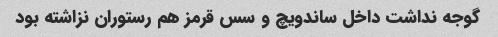
گوجه نداشت داخل ساندویچ و سس قرمز هم رستوران نزاشته بود